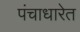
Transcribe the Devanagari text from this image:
पंचाधारेत